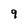
Character: 9